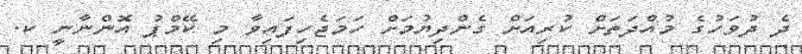
ދެ ދުވަހުގެ މުއްދަތަށް ކުރިއަށް ގެންދިޔުމަށް ހަމަޖެހިފައިވާ މި ކޭމްޕު އޮންނާނީ ކ.